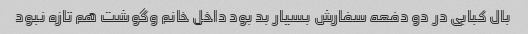
بال کبابی در دو دفعه سفارش بسیار بد بود داخل خانم وگوشت هم تازه نبود